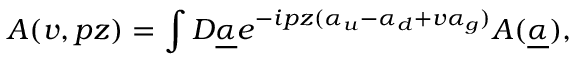
{ \cal A } ( v , p z ) = \int { \cal D } \underline { { { \alpha } } } e ^ { - i p z ( \alpha _ { u } - \alpha _ { d } + v \alpha _ { g } ) } { \cal A } ( \underline { { { \alpha } } } ) ,